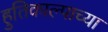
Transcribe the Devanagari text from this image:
हुतिकाल्पाच्या